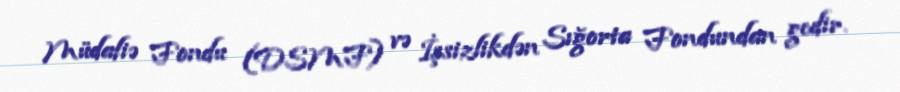
Müdafiə Fondu (DSMF) və İşsizlikdən Sığorta Fondundan gedir.